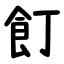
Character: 飣